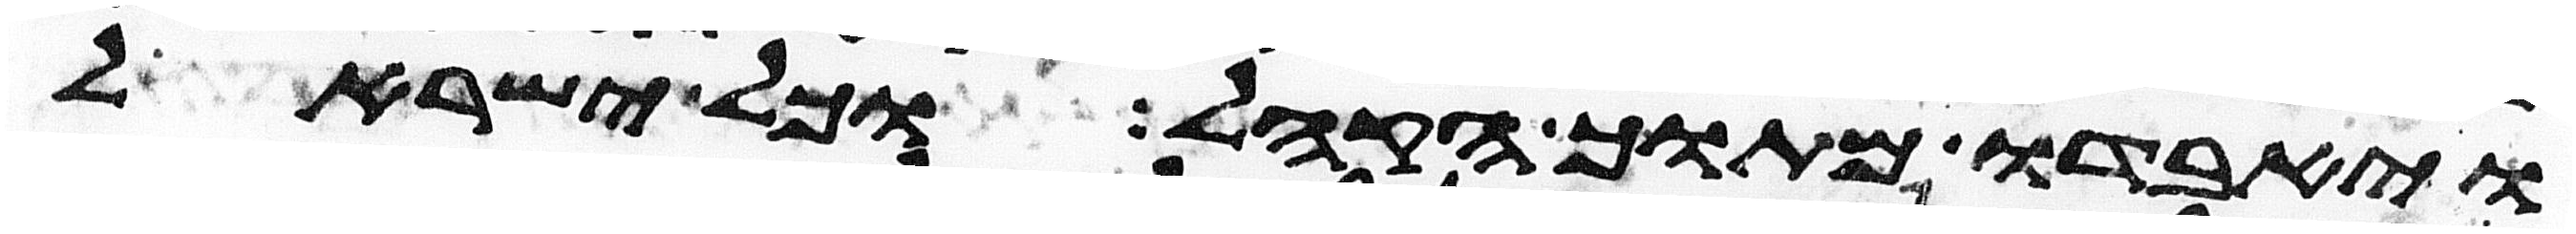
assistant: ויאבדו מתוך הקהל וכל ישראל